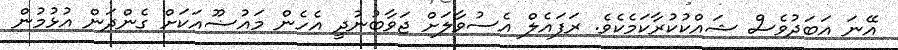
އޭނަ އަބަދުވެސް ޝައްކުކުރާކަމެކެވެ. ރަފައެލް އެސުވާލަށް ޖަވާބުނުދީ އެހެން މައުޟޫއަކަށް ގެންދަން އުޅުމުން